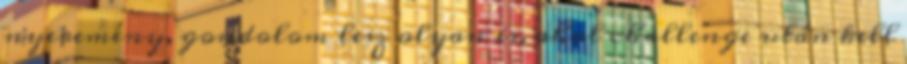
nyeremény, gondolom lesz olyan is, ahol challenge után kell